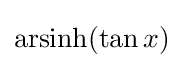
\operatorname {arsinh} (\tan x)